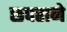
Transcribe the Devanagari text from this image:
छपराने